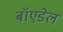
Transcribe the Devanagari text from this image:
बॉएडेल